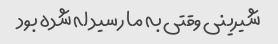
شیرینی وقتی به ما رسید له شده بود